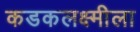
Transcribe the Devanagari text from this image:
कडकलक्ष्मीला